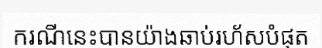
ករណីនេះបានយ៉ាងឆាប់រហ័សបំផុត